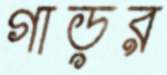
গাড়র